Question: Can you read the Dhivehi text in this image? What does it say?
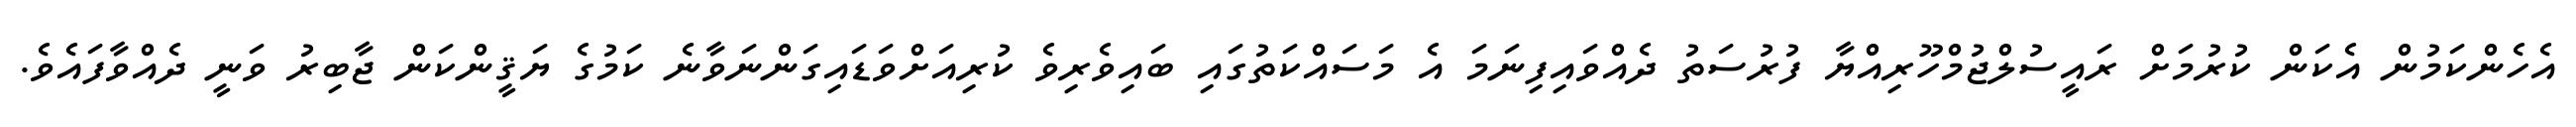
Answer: އެހެންކަމުން އެކަން ކުރުމަށް ރައީސުލްޖުމްހޫރިއްޔާ ފުރުސަތު ދެއްވައިފިނަމަ އެ މަސައްކަތުގައި ބައިވެރިވެ ކުރިއަށްވަޑައިގަންނަވާނެ ކަމުގެ ޔަޤީންކަން ޖާބިރު ވަނީ ދެއްވާފައެވެ.